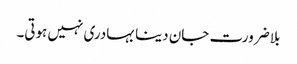
بلا ضرورت جان دینا بہادری نہیں ہوتی۔